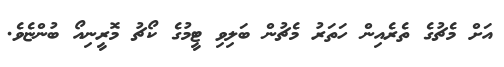
އަށް މެޗުގެ ތެރެއިން ހަތަރު މެޗުން ބަލިވި ޓީމުގެ ކޯޗު މޮރީނިއޯ ބުންޏެވެ.